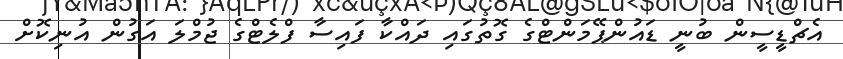
އެޗްޑީސީން ބުނީ ޑައުންޕޭމަންޓްގެ ގޮތުގައި ދައްކާ ފައިސާ ފްލެޓްގެ ޖުމްލަ އަގުން އުނިކޮށް